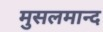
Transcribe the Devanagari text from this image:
मुसलमान्द